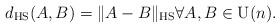
LaTeX: \begin{align*}d_ \textrm{HS}(A,B) = \|A-B\|_\textrm{HS} \forall A,B \in \mathrm{U}(n).\end{align*}